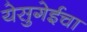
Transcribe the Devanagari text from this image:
येसुगेईचा